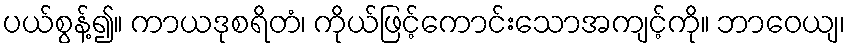
ပယ်စွန့်၍။ ကာယဒုစရိတံ၊ ကိုယ်ဖြင့်ကောင်းသောအကျင့်ကို။ ဘာဝေယျ၊